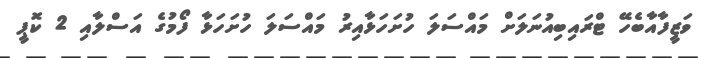
ވަޒީފާއާބެހޭ ޓްރައިބިއުނަލަށް މައްސަލަ ހުށަހަޅާއިރު މައްސަލަ ހުށަހަޅާ ފޯމުގެ އަސްލާއި 2 ކޮޕީ